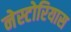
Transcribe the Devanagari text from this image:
नेस्टोरियास